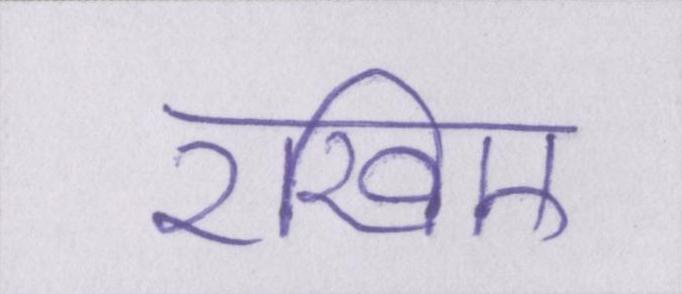
रखिए